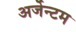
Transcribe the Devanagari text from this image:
अर्जेन्टम